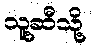
သူ့ဆီသို့